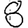
Digit: 8